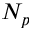
N _ { p }